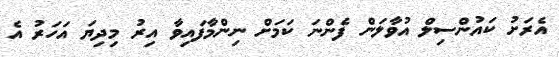
އެރަށު ކައުންސިލް އުވާލަން ފެންނަ ކަމަށް ނިންމާފައިވާ އިރު މިދިޔަ އަހަރު އެ